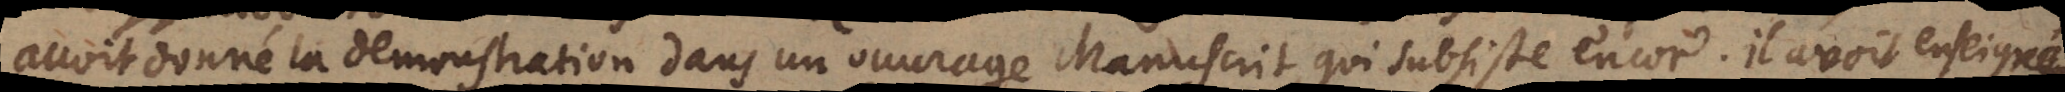
avoit donné la demonstration dans un ouvrage Manuscrit qui subsiste encor. Il avoit enseigné